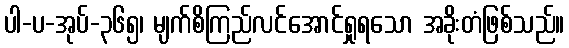
ပါ-ပ-အုပ်-၃၆၅၊ မျက်စိကြည်လင်အောင်ရှုရသော အခိုးတံဖြစ်သည်။